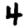
Digit: 4